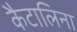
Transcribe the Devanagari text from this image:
कैटालिना